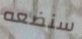
سنضعه